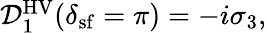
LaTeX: \begin{array}{r}{\mathcal{D}_{1}^{\mathrm{HV}}(\delta_{\mathrm{sf}}=\pi)=-i\sigma_{3},}\end{array}